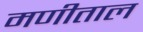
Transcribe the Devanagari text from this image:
मणीताल